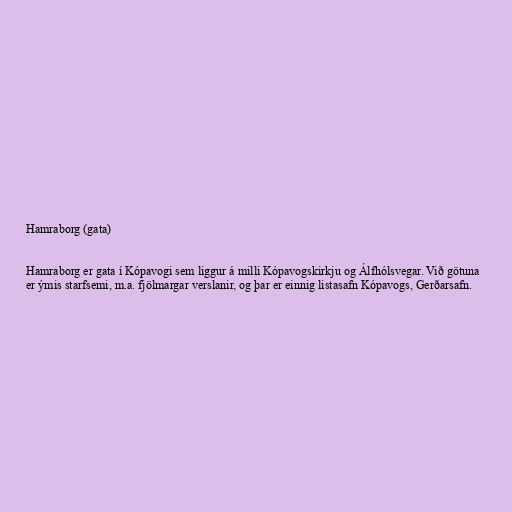
Hamraborg (gata)

Hamraborg er gata í Kópavogi sem liggur á milli Kópavogskirkju og Álfhólsvegar. Við götuna
er ýmis starfsemi, m.a. fjölmargar verslanir, og þar er einnig listasafn Kópavogs, Gerðarsafn.